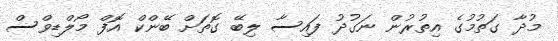
މުދާ ގަތުމުގެ އިތުރުން ނަގުދު ފައިސާ ލިބޭ ގޮތަށް ބޭންކް އޮފް މޯލްޑިވްސް